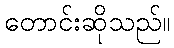
တောင်းဆိုသည်။